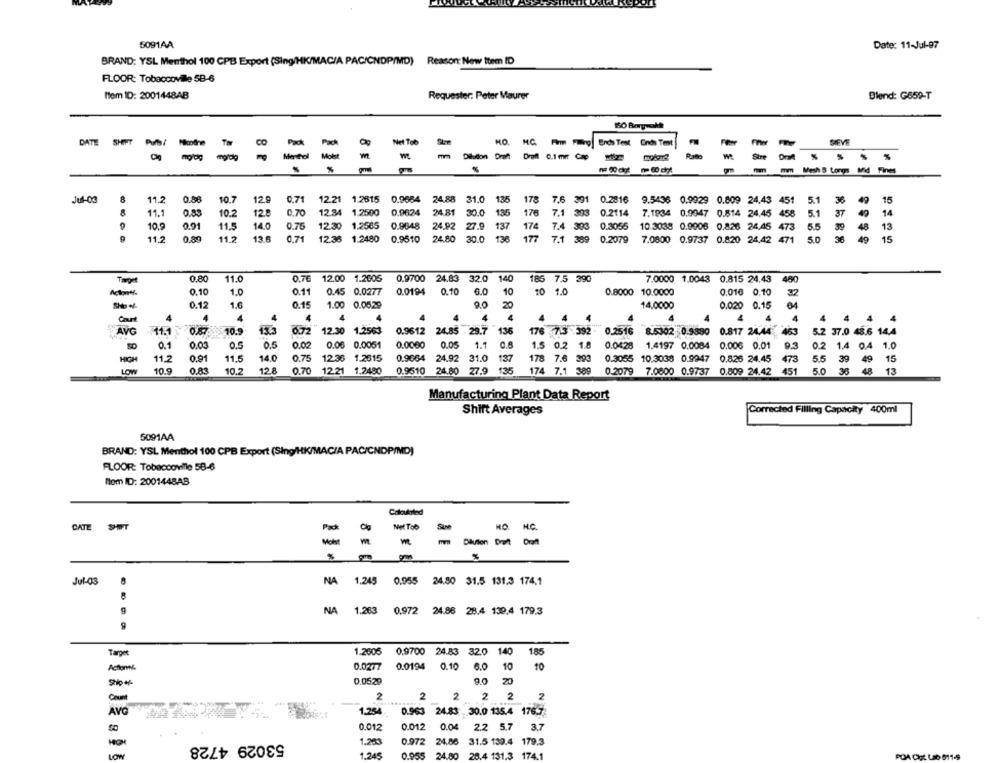
5091AA
Date: 11-Jul-97
BRAND: YSL Menthol 100 CPB Export (Sing/HK/MAC/A PAC/CNDP/MD) Reason: New ttem ID
FLOOR: Tobaccoville 5B-6
Item ID: 2001448AB
Requester: Peter Maurer
Blend: G659-T
DATE SHOW-T
Net Tob
HO. MC Fim Filing Ends Test Ends Test
SIEVE
-
8
Mortel
Diluidon Draft
Draft 0.1 mm Co 2:
Ste
mm Mesh S Longs Mid Fines
11.2
0.71
12.21 1.2615 0.9654 24.88 31.0
135
178
5.1
36
49
Jul-03
0.88
10.7
12
7.6 391 0.2816 9.5436 0.9929 0.809 24,43 451
15
11.
0.83
12.8
12.34 1.2500 0.9624 24.81 30.0
135
176
7.1 393 0.2114 7.1934 0.9947 0.814 24,45 458
5.1
37 40
14
10.2
0,70
10.9
0.91
11.5
14.0
0.76
12.30 1.2565 0.9648 24.92 27.9 137 174 7.4 303 0.3055 10.3038 0.9908 0.826 24.45 473 5.5
39
48
13
11.
13.6
0.89
0.71
12.33 1.2480
0.9510 24.80 30.0 136 177 7.1 369 0.2079
7.0600 0.9737 0.820 24,42 471
5.0
96
49
15
Target
0.80
11.0
0.76 12.00 1.2605
0.9700 24.83 32.0
140
185 7.5 390
7.0000 1.0043 0.815 24.43 480
Actionti.
0.10
0.11
0.45 0.0277
0.0194
0.10
6.0
10
1.0
10 1.0
0.8000 10.0000
0.016 0.10
32
0.12
1.6
0.15
1.00 0.0529
9.0
20
14.0000
0.020 0.15
4
4
4
4
4
4
4
4
4 4 4
4
4
4
4
4
4 4 4
072
AVG
11.1 0.87.
10.9
13.3
12.30 1.2563
0.9612 24.85 - 29.7
136
176 7.3 392
0.2516 8.5302 0.9890 0.817 24.44. 463
5.2 37.0 45.6 14.4
0.5
0.5
0.02
0.06 0.0051
0.0000
0.05
1.1
0.1
0.03
1.5 0.2 1.8
0.0428 1,4197 0.0084 0.006 0.01
9.3
0.2 1.4 0.4 1.0
11.2
0.91
11.5
14.0
0.75
12.36
1.2815
0.9664 24.92 31.0
137
178 7.6 393
0.3055 10.3038 0.9947 0.826 24,45
473
HIGH
5.5 39 491
LOW
10.9
0.8L
10.2
12.8
0.70
12.21 1.2480
0.9510 24.80 27.9 135 174 7.1 389
0.2079 7.0000 0.9737 0.809 24.42
451
5.0 36 48 13
Manufacturing Plant Data Report
Shift Averages
Corrected Filling Capacity 400ml
5091AA
BRAND: YSL Menthol 100 CPB Export (Sing/HK/MAC/A PAC/CNDP/MD)
FLOOR: Tobaccoville 58-6
Mom ID: 200144BAB
Calounted
DATE SHOT
Met Tob
NO.
Pack
M.C.
Mokat
Division Doft Drafl
Jul-03
NA
1.245
0.955 24.80 $1.5 131,3 174.1
0.972
24.86 28.4 139,4 179.3
NA 1.263
Target
1.2505 0.9700 24.83 32.0 140
185
Actionnk
0.0277
0.0194 0.10 6.0
10
10
0.0529
20
9.0
2
2
2
2
2 2
AVO
1.254.
0.963 24.83 , 30.0.135.4 176.7
0.012
0.012 0.04
2.2 5.7 3.7
53029 4728
1.203
0.972 24.86 31.5 139.4 179.3
LOW
1.245
0.955 24.80 28.4 131.3 174.1